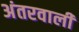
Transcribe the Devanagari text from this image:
अंतरवाली